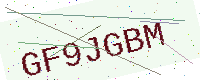
Text: GF9JGBM